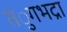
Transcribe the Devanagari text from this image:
तंुगभद्रा